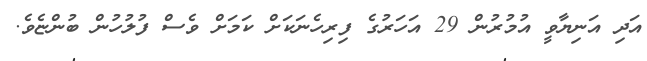
އަދި އަނިޔާވީ އުމުރުން 29 އަހަރުގެ ފިރިހެނަކަށް ކަމަށް ވެސް ފުލުހުން ބުންޏެވެ.